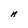
Character: n